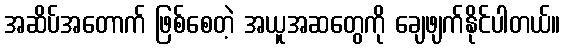
အဆိပ်အတောက် ဖြစ်စေတဲ့ အယူအဆတွေကို ချေဖျက်နိုင်ပါတယ်။